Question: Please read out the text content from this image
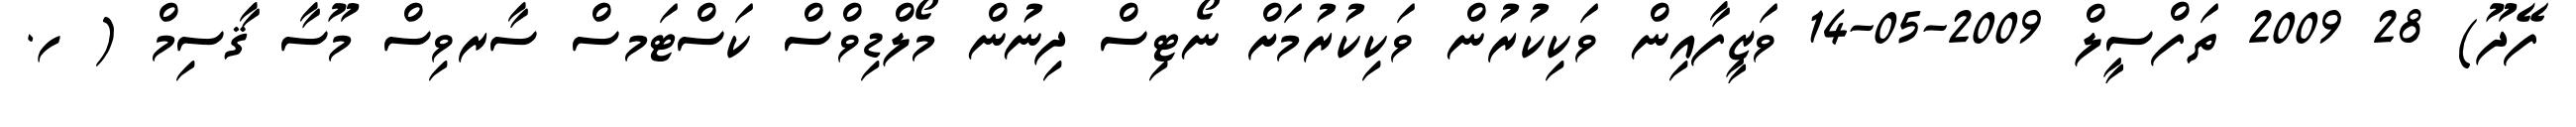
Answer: ފޭދޫ) 28 2009 ތަފްސީލް 2009-05-14 ވަޒީފާއިން ވަކިކުރުން ވަކިކުރުމަށް ނޯޓިސް ދިނުން މޯލްޑިވްސް ކަސްޓަމސް ސާރވިސް މޫސާ ޤާސިމް ( ހ.